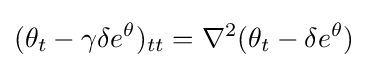
(\theta _{t}-\gamma \delta e^{\theta })_{tt}=\nabla ^{2}(\theta _{t}-\delta e^{\theta })